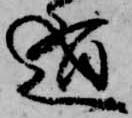
遁